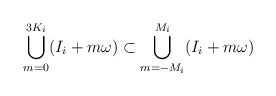
\begin{align*}\bigcup \limits_{m = 0}^{3K_i} (I_i + m\omega) \subset \bigcup \limits_{m = -M_i}^{M_i} (I_i + m\omega)\end{align*}